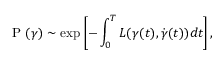
\mathrm { ~ P ~ } ( \gamma ) \sim \exp \left[ - \int _ { 0 } ^ { T } L ( \gamma ( t ) , \dot { \gamma } ( t ) ) d t \right] ,